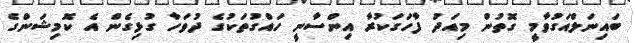
ބައިނަލްއަގުވާމީ ގޮތުން މިއަދު ފާހަގަކުރާ އިންސާނީ ހައްގުތަކުގެ ދުވަހާ ގުޅިގެން އެ ކޮމިޝަންގެ